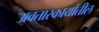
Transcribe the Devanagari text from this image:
अवतारकार्यातील